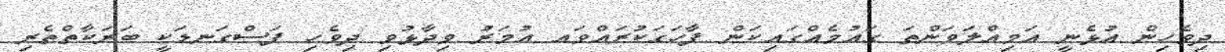
ދިވެހިން އުޅެނީ އަމިއްލަވަންތަ ގައުމެއްގައިކަން ފާހަގަކުރައްވައ އުމަރު ވިދާޅުވި ދިވެހި ފަސްގަނޑަކީ ބަރަކާތްތެރި